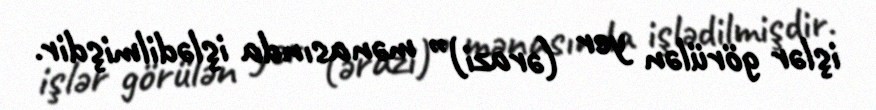
işlər görülən yer (ərazi)” mənasında işlədilmişdir.